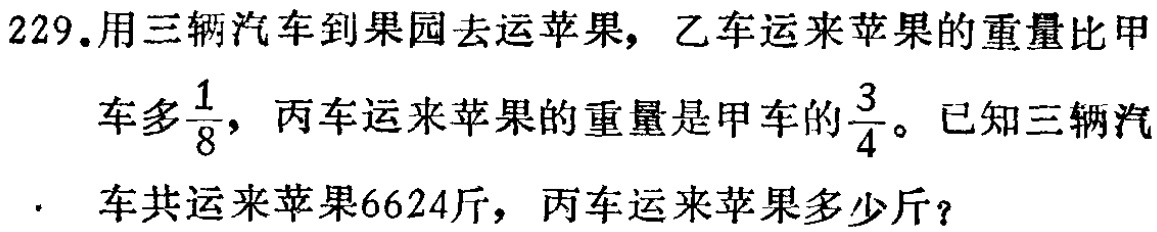
229.用三辆汽车到果园去运苹果，乙车运来苹果的重量比甲车多$\frac{1}{8}$，丙车运来苹果的重量是甲车的$\frac{3}{4}$。已知三辆汽车共运来苹果6624斤，丙车运来苹果多少斤？